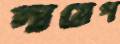
দায়েপ